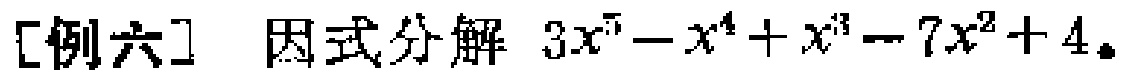
[例六] 因式分解 \(3x^{5}-x^{4}+x^{3}-7x^{2}+4\)。